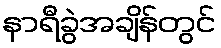
နာရီခွဲအချိန်တွင်